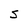
Character: S